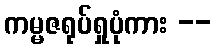
ကမ္မဇရုပ်ရှုပုံကား --